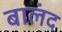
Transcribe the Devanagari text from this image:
बालंद